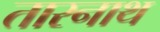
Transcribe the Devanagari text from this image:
तारनाथ